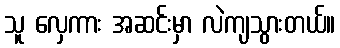
သူ လှေကား အဆင်းမှာ လဲကျသွားတယ်။